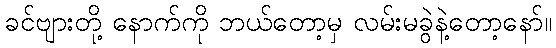
ခင်ဗျားတို့ နောက်ကို ဘယ်တော့မှ လမ်းမခွဲနဲ့တော့နော်။